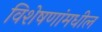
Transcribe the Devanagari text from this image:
विशेषणांमधील